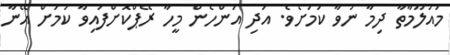
މައުލޫމާތާ ދިމާ ނުވާ ކަމަށެވެ. އަދި އަންހެން މީހާ ރޭޕްކޮށްފައިވާ ކަމަށް އޭނާ